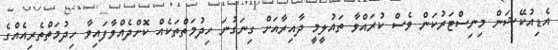
އެޑިއުކޭޝަން މިނިސްޓަރުކަން ވެސް ކުރައްވާ ތައުލީމީ ދާއިރާއަށް ގިނަގުނަ ހިދުމަތްތަކެއް ކޮށްދެއްވާފައިވާ ހިދުމަތްތެރިއެއްގެ